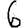
Digit: 6